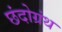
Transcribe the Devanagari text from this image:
छंदोग्रंथ